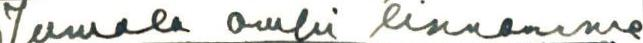
Jumala ompi linnamme